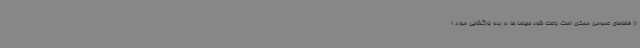
از فضاهای عمومی ممکن است باعث شود سینما ها در بدو بازگشایی مورد ا